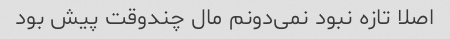
اصلا تازه نبود نمی‌دونم مال چندوقت پیش بود